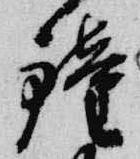
鐘